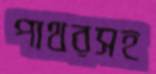
পাথরসহ